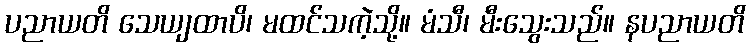
ပညာယတိ သေယျထာပိ၊ မထင်သကဲ့သို့။ မံသီ၊ မီးသွေးသည်။ နပညာယတိ